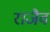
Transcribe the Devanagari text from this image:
राजैवं